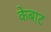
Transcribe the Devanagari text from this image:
केबाट